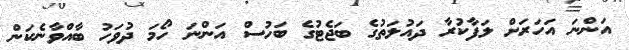
އަންނަ އަހަރަށް ލަފާކުރާ ދައުލަތުގެ ބަޖެޓުގެ ބަހުސް އަންނަ ހޯމަ ދުވަހު ބާއްވާނެކަން